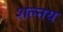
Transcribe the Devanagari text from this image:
शल्नय